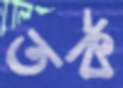
তর্ক